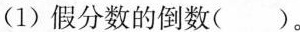
(1) 假分数的倒数( )。